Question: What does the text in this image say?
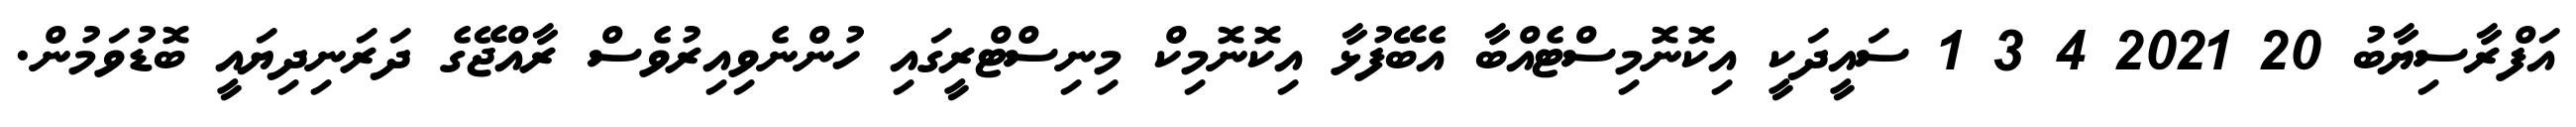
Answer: އަފްރާސިޔާބު 20 2021 4 3 1 ސައީދަކީ އިކޮނޮމިސްޓެއްބާ އެބޭފުޅާ އިކޮނޮމިކް މިނިސްޓްރީގައި ހުންނެވިއިރުވެސް ރާއްޖޭގެ ދަރަނިދިޔައީ ބޮޑުވަމުން.